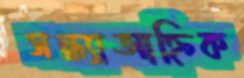
সন্ধ্যাআহ্নিক